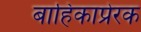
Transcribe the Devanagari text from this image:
बाहिकाप्रेरक